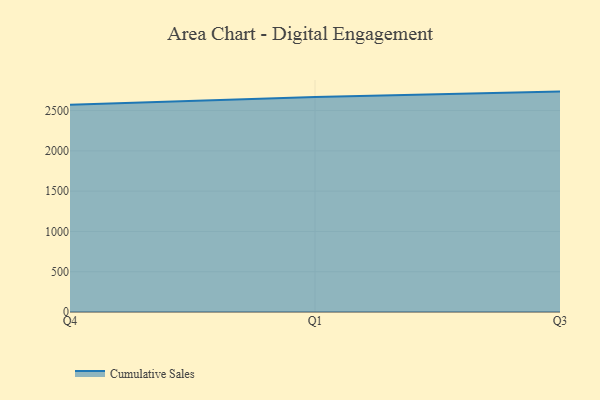
{"axis": {"x": "Quarter", "y": "Backlog"}, "legend": ["Cumulative Sales"], "data": [{"x": "Q4", "y": 2573.1, "type": "Cumulative Sales"}, {"x": "Q1", "y": 2667.6, "type": "Cumulative Sales"}, {"x": "Q3", "y": 2735.7, "type": "Cumulative Sales"}]}